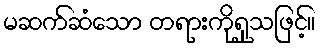
မဆက်ဆံသော တရားကိုရှုသဖြင့်။